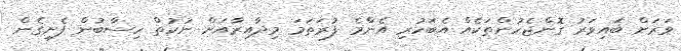
ވަރަށް ބައިވަރު ގޮންޖެހުންތަކެއް އެބަހުރި އެންްމެ ފުރަަތަމަ މިދާއިރާއަށް ނުކުތް ހިސާބުން ފެށިގެން